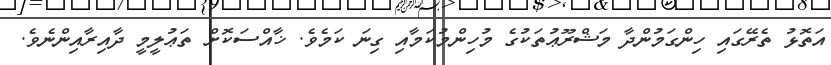
އަތޮޅު ތެރޭގައި ހިންގަމުންދާ މަޝްރޫޢުތަކުގެ މުހިންމުކަމާއި ގިނަ ކަމެވެ. ޚާއްސަކޮށް ތަޢުލީމީ ދާއިރާއިންނެވެ.